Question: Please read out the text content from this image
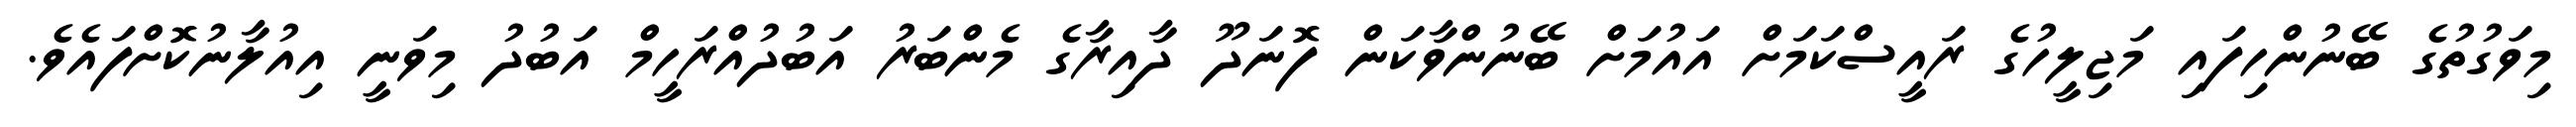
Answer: މިވަގުތުގެ ބޭނުންހިފައި މަޖިލީހުގެ ރައީސްކަމަށް އައުމަށް ބޭނުންވާކަން ފޮނަދޫ ދާއިރާގެ މެންބަރު އަބުދުއްރަހީމް އަބުދު މިވަނީ އިއުލާނުކޮށްފައެވެ.